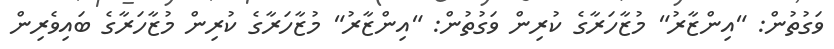
ވަގުތުން: "އިންޒާރު" މުޒާހަރާގެ ކުރިން ވަގުތުން: "އިންޒާރު" މުޒާހަރާގެ ކުރިން މުޒާހަރާގެ ބައިވެރިން